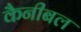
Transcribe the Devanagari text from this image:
कैनीबल